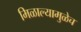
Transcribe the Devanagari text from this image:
मिळाल्यामुळेच